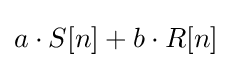
a\cdot S[n]+b\cdot R[n]